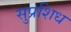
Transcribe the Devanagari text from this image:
सुप्रशिध